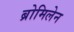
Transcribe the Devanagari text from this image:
ब्रोमिलेन